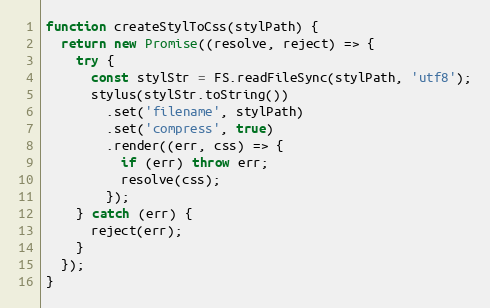
Language: JavaScript
function createStylToCss(stylPath) {
  return new Promise((resolve, reject) => {
    try {
      const stylStr = FS.readFileSync(stylPath, 'utf8');
      stylus(stylStr.toString())
        .set('filename', stylPath)
        .set('compress', true)
        .render((err, css) => {
          if (err) throw err;
          resolve(css);
        });
    } catch (err) {
      reject(err);
    }
  });
}